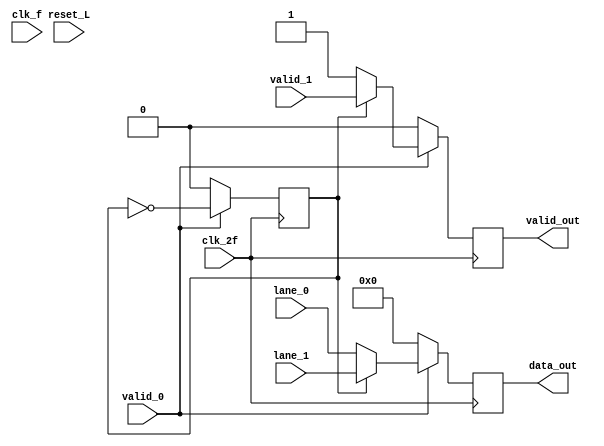
module un_byte_striping(
         output reg [31:0]      data_out,  
         input             reset_L,     
         input [31:0] lane_0,
         input [31:0] lane_1,
	 input 	       valid_0, 
	 input 	       valid_1,
         output reg	       valid_out,
	      input 	          clk_2f,
         input 	          clk_f);
reg selector;

/*always @(posedge clk_2f) begin
   if (reset_L == 0) begin
      valid_out <= 0;
      selector <= 0;
      data_out <= 0;
   end 
   else begin
      if (selector == 0) begin
         if (valid_0 == 1) begin
            data_out <= lane_0;
            valid_out <= valid_0;
            selector <= ~selector;
         end 
         else if (valid_0 == 0) begin
            data_out <= 0; 
            valid_out <= 0;
            selector <= ~selector;
         end 
      end
      else if (selector == 1) begin
         if (valid_1 == 1) begin
            data_out <= lane_1;
            valid_out <= valid_1;
            selector <= ~selector;
         end 
         else if (valid_1 == 0) begin
            data_out <= 0;
            valid_out <= 0;
            selector <= ~selector;
         end
      end 
   end 
end */

always @(posedge clk_2f) begin
   if (valid_0 == 0) begin
      valid_out <= 1'b0;
      selector <= 0;
      data_out <= 0;
   end 
   else begin
      selector <= ~selector;
      valid_out <= ~valid_out;
      if (selector == 0) begin
         data_out <= lane_0;
         valid_out<=valid_0;
      end else begin
         data_out <= lane_1;
         valid_out<=valid_1;
      end
   end
end
endmodule